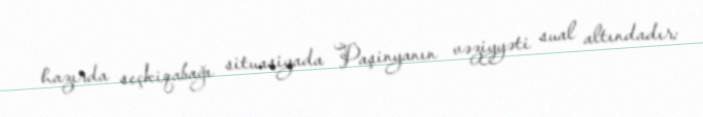
hazırda seçkiqabağı situasiyada Paşinyanın vəziyyəti sual altındadır: